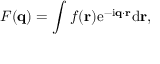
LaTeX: F ( \mathbf { q } ) = \int f ( \mathbf { r } ) \mathrm { e } ^ { - \mathrm { i } \mathbf { q } \cdot \mathbf { r } } \mathrm { d } \mathbf { r } ,